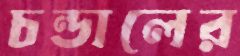
চন্ডালের